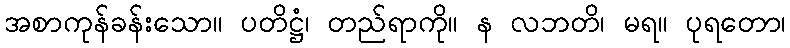
အစာကုန်ခန်းသော။ ပတိဋ္ဌံ၊ တည်ရာကို။ န လဘတိ၊ မရ။ ပုရတော၊